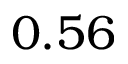
0 . 5 6